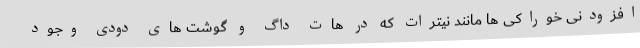
افزودنی خوراکی ها مانند نیترات که در هات داگ و گوشت های دودی وجود